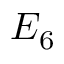
E _ { 6 }